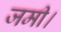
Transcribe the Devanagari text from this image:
जमी।